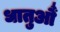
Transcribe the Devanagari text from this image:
धातुऔं